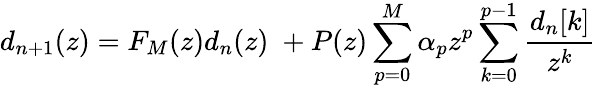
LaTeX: d_{n+1}(z)=F_{M}(z)d_{n}(z)\; +P(z)\sum_{p=0}^{M}\alpha_{p}z^{p}\sum_{k=0}^{p-1}\frac{d_{n}[k]}{z^{k}}